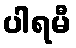
ပါရမီ